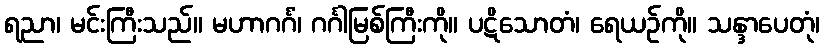
ရညာ၊ မင်းကြီးသည်။ မဟာဂင်္ဂံ၊ ဂင်္ဂါမြစ်ကြီးကို။ ပဋိသောတံ၊ ရေယဉ်ကို။ သန္ဒာပေတုံ၊